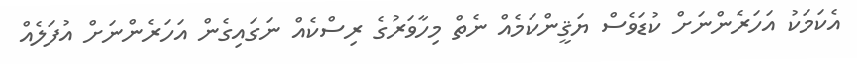
އެކަމަކު އަހަރެންނަށް ކުޑަވެސް ޔަޤީންކަމެއް ނެތް މިހާވަރުގެ ރިސްކެއް ނަގައިގެން އަހަރެންނަށް އުފަލެއް